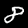
Label: 8